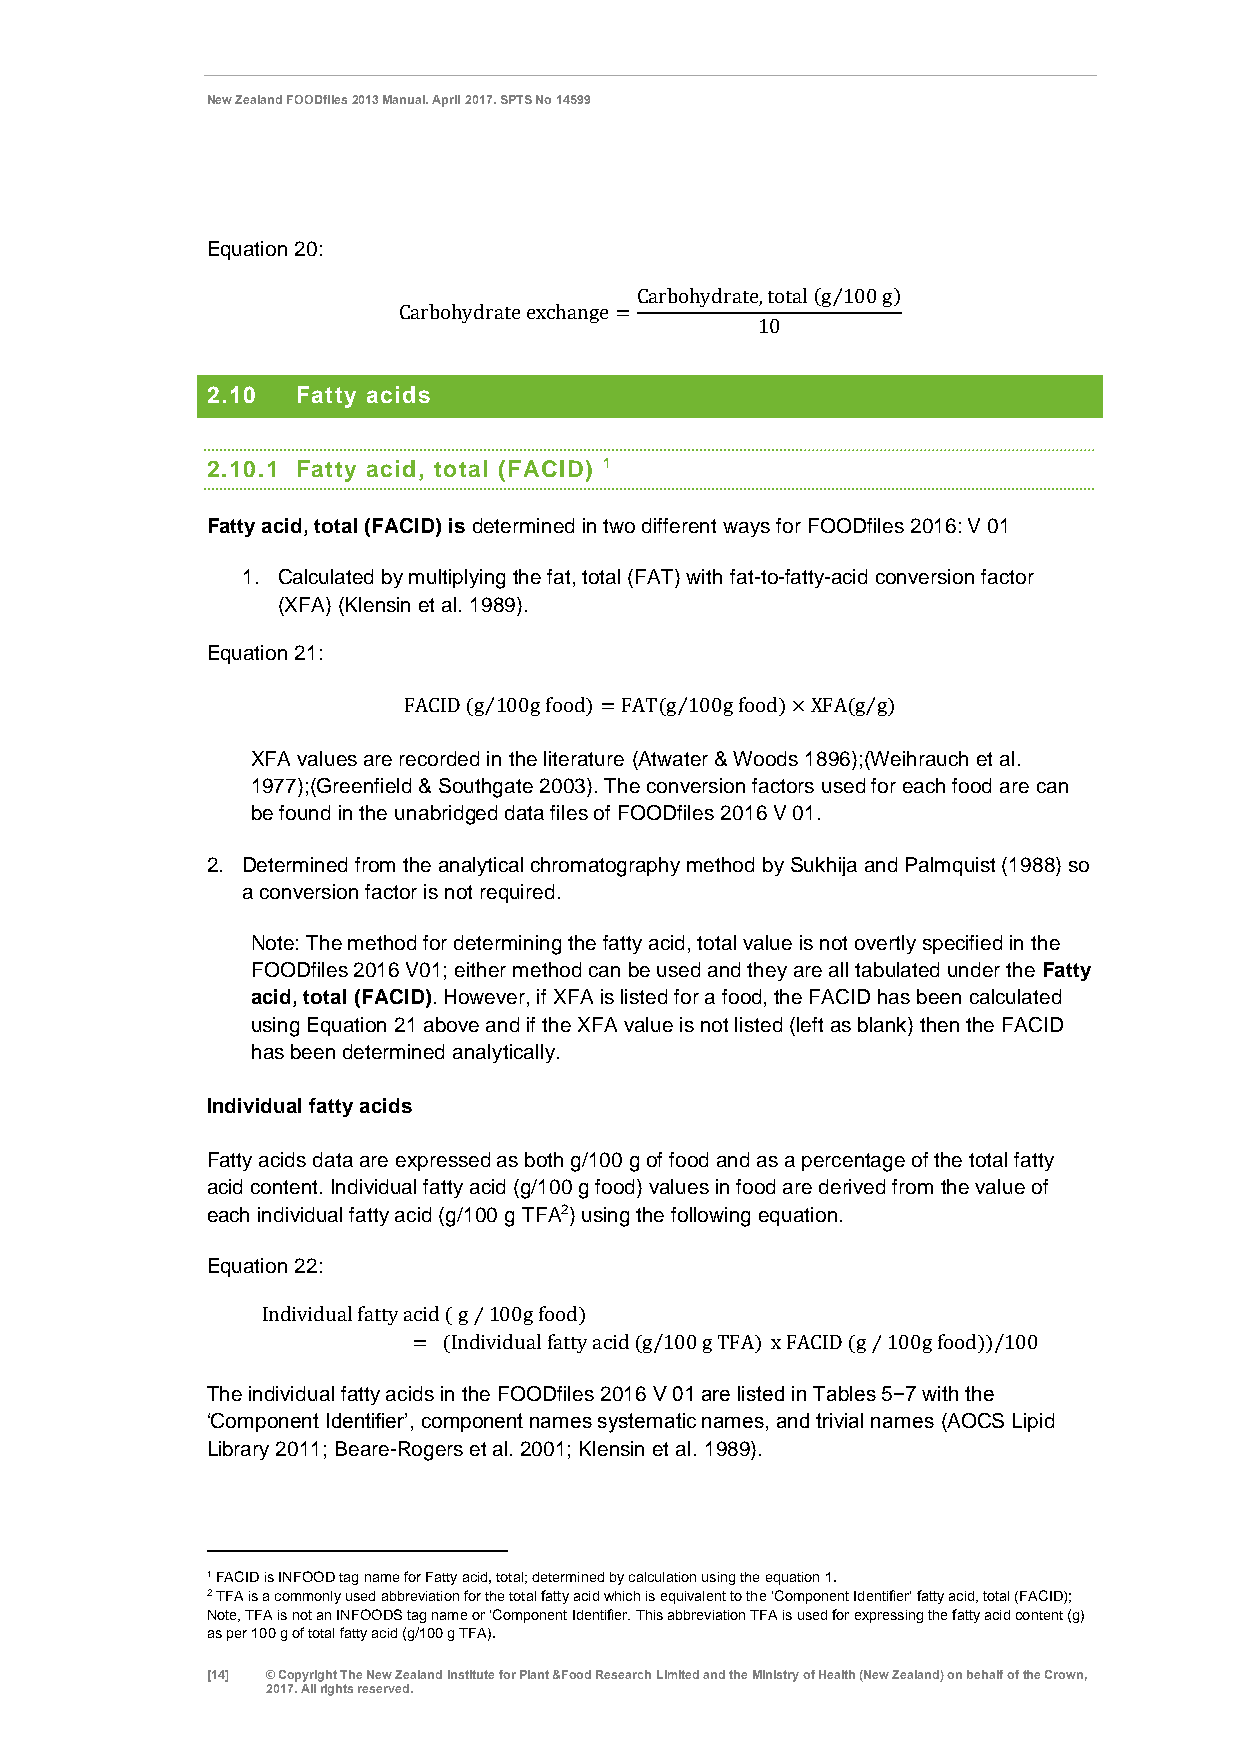
New Zealand FOODfiles 2013 Manual. April 2017. SPTS No 14599
 Equation 20:
 Carbohydrate,total (g⁄100 g)
 Carbohydrate exchange=
 10
 2.10  Fatty acids
 2.10.1 Fatty acid, total (FACID) 1
 Fatty acid, total (FACID) is determined in two different ways for FOODfiles 2016: V 01
 1. Calculated by multiplying the fat, total (FAT) with fat-to-fatty-acid conversion factor
 (XFA) (Klensin et al. 1989).
 Equation 21:
 FACID (g⁄100g food)=FAT(g⁄100g food)×XFA(g⁄g)
 XFA values are recorded in the literature (Atwater & Woods 1896);(Weihrauch et al.
 1977);(Greenfield & Southgate 2003). The conversion factors used for each food are can
 be found in the unabridged data files of FOODfiles 2016 V 01.
 2. Determined from the analytical chromatography method by Sukhija and Palmquist (1988) so
 a conversion factor is not required.
 Note: The method for determining the fatty acid, total value is not overtly specified in the
 FOODfiles 2016 V01; either method can be used and they are all tabulated under the Fatty
 acid, total (FACID). However, if XFA is listed for a food, the FACID has been calculated
 using Equation 21 above and if the XFA value is not listed (left as blank) then the FACID
 has been determined analytically.
 Individual fatty acids
 Fatty acids data are expressed as both g/100 g of food and as a percentage of the total fatty
 acid content. Individual fatty acid (g/100 g food) values in food are derived from the value of
 each individual fatty acid (g/100 g TFA2) using the following equation.
 Equation 22:
 Individual fatty acid ( g⁄100g food)
 = (Individual fatty acid (g/100 g TFA) x FACID (g⁄100g food))/100
 The individual fatty acids in the FOODfiles 2016 V 01 are listed in Tables 5−7 with the
 ‘Component Identifier’, component names systematic names, and trivial names (AOCS Lipid
 Library 2011; Beare-Rogers et al. 2001; Klensin et al. 1989).
 1 FACID is INFOOD tag name for Fatty acid, total; determined by calculation using the equation 1.
 2 TFA is a commonly used abbreviation for the total fatty acid which is equivalent to the ‘Component Identifier’ fatty acid, total (FACID);
 Note, TFA is not an INFOODS tag name or ‘Component Identifier. This abbreviation TFA is used for expressing the fatty acid content (g)
 as per 100 g of total fatty acid (g/100 g TFA).
 [14] © Copyright The New Zealand Institute for Plant &Food Research Limited and the Ministry of Health (New Zealand) on behalf of the Crown,
 2017. All rights reserved.